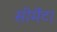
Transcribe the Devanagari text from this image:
सीमेंट।